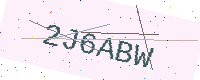
Text: 2J6ABW